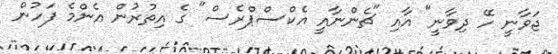
ޖަވާނީ ހޭ ދިވާނީ" އާއި "ޗެންނާއީ އެކްސްޕްރެސް" ގެ އިތުރުން އެންމެ ފަހުން